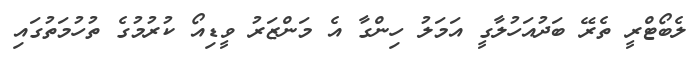
ލެބޯޓްރީ ތެރޭ ބަދުއަހުލާގީ އަމަލު ހިންގާ އެ މަންޒަރު ވީޑިއޯ ކުރުމުގެ ތުހުމަތުގައި